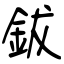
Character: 鈸